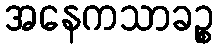
အနေကသာခဉ္စ